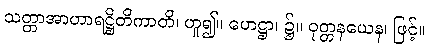
သတ္တာအာဟာရဋ္ဌိတိကာတိ၊ ဟူ၍။ ဟေဋ္ဌာ၊ ၌။ ဝုတ္တနယေန၊ ဖြင့်။